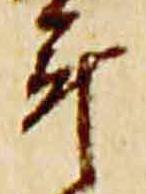
年